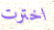
اخترت